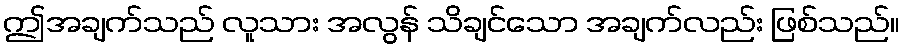
ဤအချက်သည် လူသား အလွန် သိချင်သော အချက်လည်း ဖြစ်သည်။